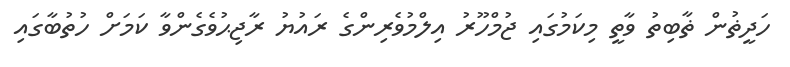
ހަދީޡުން ޡާބިތު ވާތީ މިކަމުގައި ޖުމްހޫރު އިލްމުވެރިންގެ ރައުޔު ރާޖިޙުވެގެންވާ ކަމަށް ހުތުބާގައި